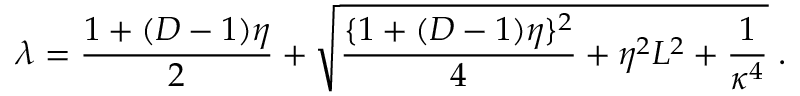
\lambda = \frac { 1 + ( D - 1 ) \eta } { 2 } + \sqrt { \frac { \{ 1 + ( D - 1 ) \eta \} ^ { 2 } } { 4 } + \eta ^ { 2 } L ^ { 2 } + \frac { 1 } { \kappa ^ { 4 } } } \; .